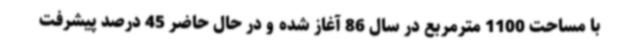
با مساحت 1100 مترمربع در سال 86 آغاز شده و در حال حاضر 45 درصد پیشرفت